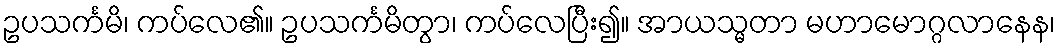
ဥပသင်္ကမိ၊ ကပ်လေ၏။ ဥပသင်္ကမိတွာ၊ ကပ်လေပြီး၍။ အာယသ္မတာ မဟာမောဂ္ဂလာနေန၊